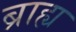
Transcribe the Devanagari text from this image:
ब्राह्य